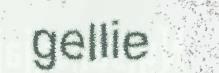
gellie